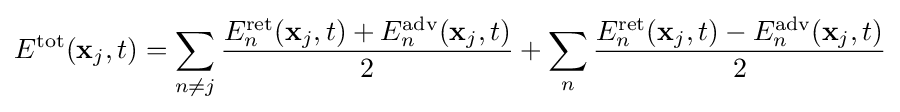
E^{\text{tot}}(\mathbf {x} _{j},t)=\sum _{n\neq j}{\frac {E_{n}^{\text{ret}}(\mathbf {x} _{j},t)+E_{n}^{\text{adv}}(\mathbf {x} _{j},t)}{2}}+\sum _{n}{\frac {E_{n}^{\text{ret}}(\mathbf {x} _{j},t)-E_{n}^{\text{adv}}(\mathbf {x} _{j},t)}{2}}